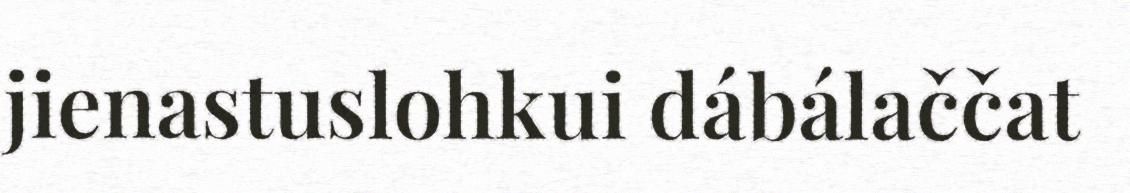
jienastuslohkui dábálaččat